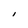
Character: l